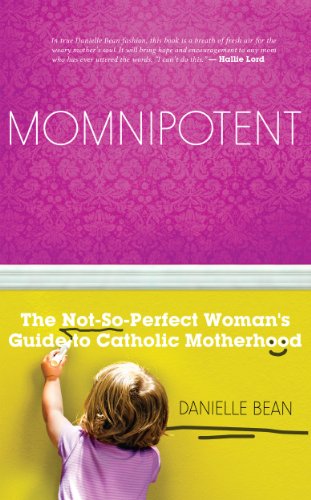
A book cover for Momnipotent: The Not-so Perfect Guide to Catholic Motherhood; Danielle Bean; Parenting & Relationships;